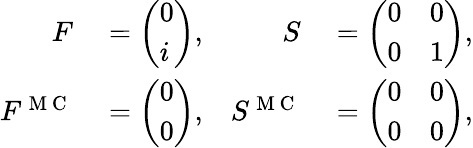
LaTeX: \begin{array}{rlrl}{F}&{{}=\left(\begin{array}{l}{0}\\ {i}\end{array}\right),}&{S}&{{}=\left(\begin{array}{ll}{0}&{0}\\ {0}&{1}\end{array}\right),}\\ {F^{\mathrm{~M~C~}}}&{{}=\left(\begin{array}{l}{0}\\ {0}\end{array}\right),}&{S^{\mathrm{~M~C~}}}&{{}=\left(\begin{array}{ll}{0}&{0}\\ {0}&{0}\end{array}\right),}\end{array}